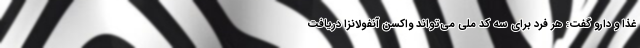
غذا و دارو گفت: هر فرد برای سه کد ملی می‌تواند واکسن آنفولانزا دریافت